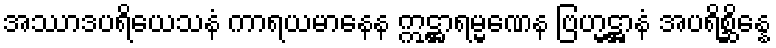
အဿာဒပရိယေသနံ ကာရယမာနေန ဣဋ္ဌာရမ္မဏေန ဗြဟ္မဋ္ဌာနံ အပရိစ္ဆိန္နေ